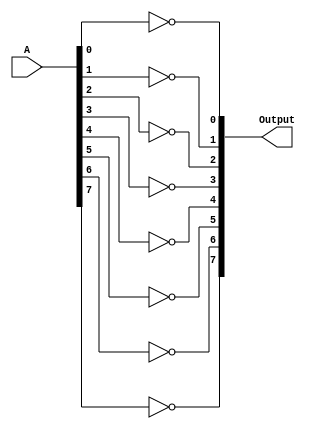
module ones_compliment (
    input [7:0] A, //input element
    output [7:0] Output
   );

assign Output[0]=A[0]^1;
assign Output[1]=A[1]^1;
assign Output[2]=A[2]^1;
assign Output[3]=A[3]^1;
assign Output[4]=A[4]^1;
assign Output[5]=A[5]^1;
assign Output[6]=A[6]^1;
assign Output[7]=A[7]^1;

endmodule